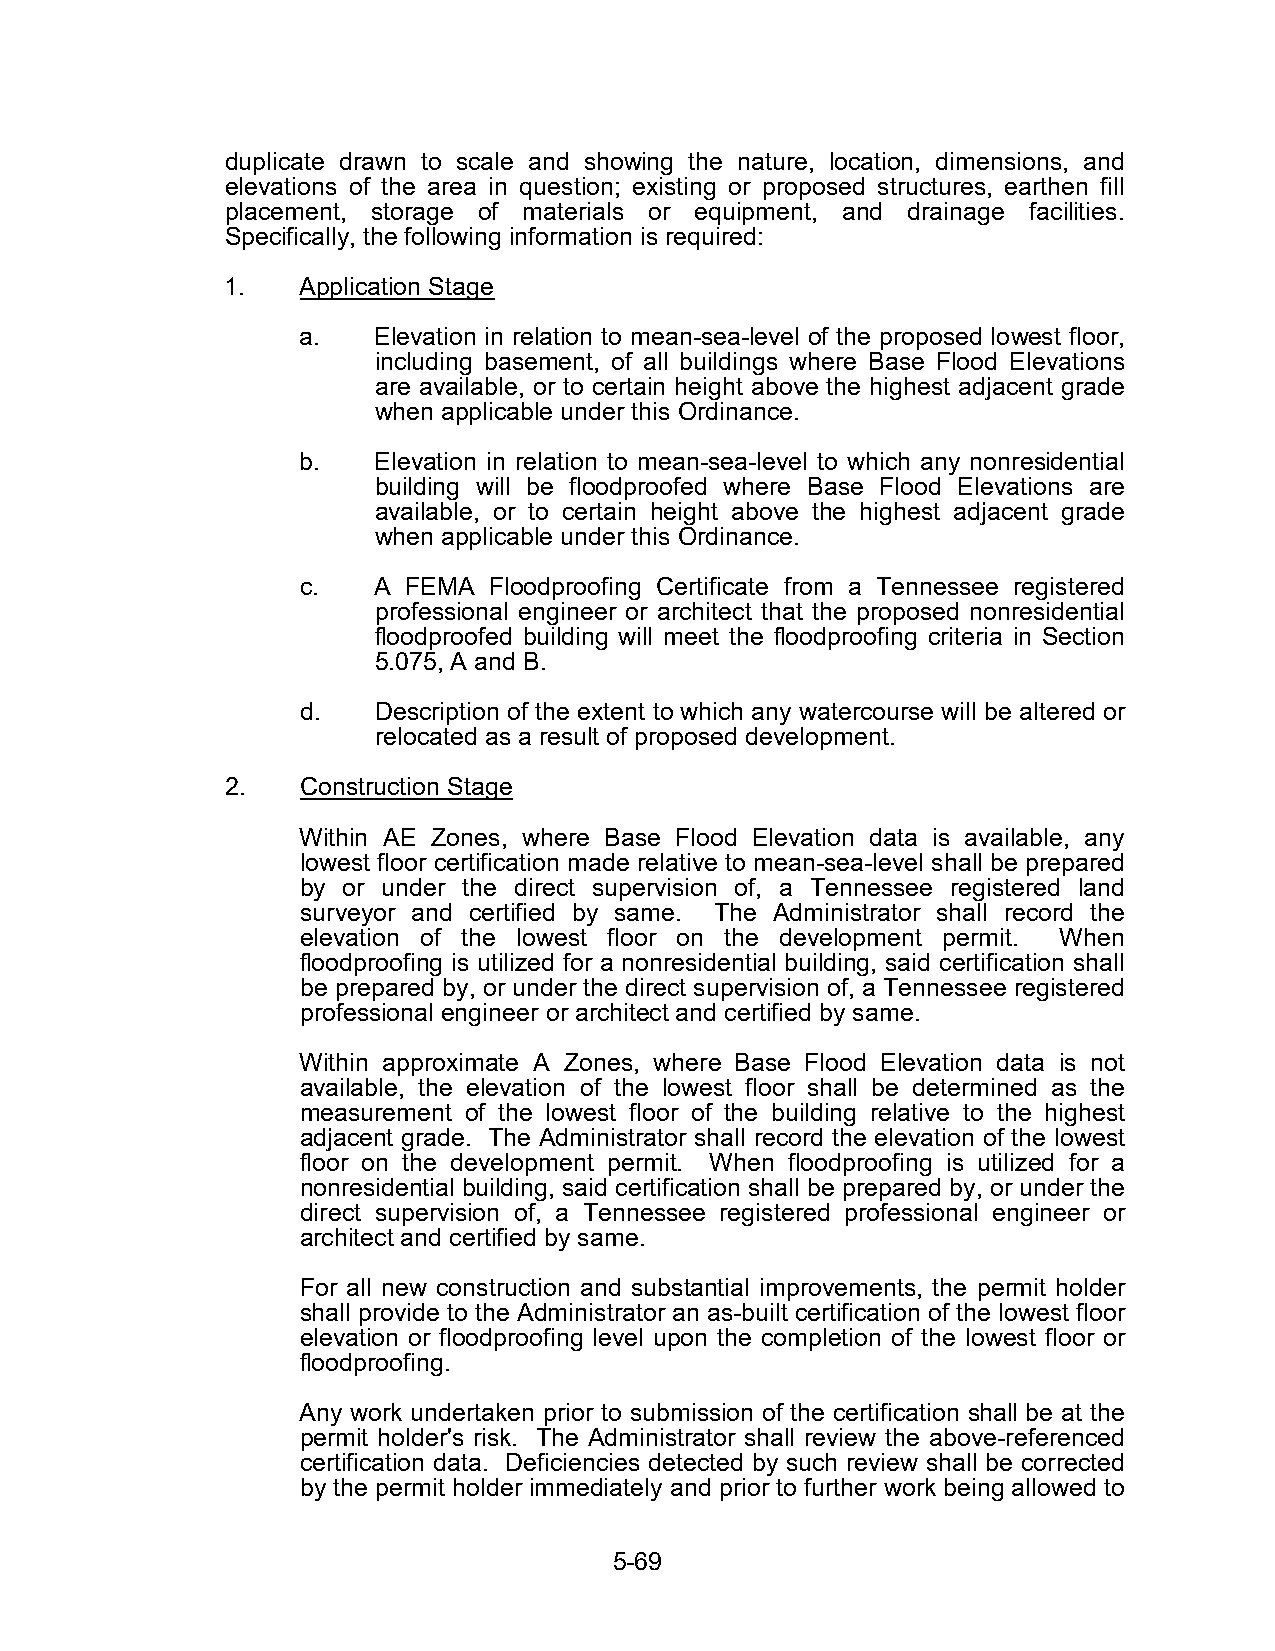
duplicate drawn to scale and showing the nature, location, dimensions, and
 elevations of the area in question; existing or proposed structures, earthen fill
 placement, storage of materials or equipment, and drainage facilities.
 Specifically, the following information is required:
 1.   Application Stage
 a.   Elevation in relation to mean-sea-level of the proposed lowest floor,
 including basement, of all buildings where Base Flood Elevations
 are available, or to certain height above the highest adjacent grade
 when applicable under this Ordinance.
 b.   Elevation in relation to mean-sea-level to which any nonresidential
 building will be floodproofed where Base Flood Elevations are
 available, or to certain height above the highest adjacent grade
 when applicable under this Ordinance.
 c.   A FEMA Floodproofing Certificate from a Tennessee registered
 professional engineer or architect that the proposed nonresidential
 floodproofed building will meet the floodproofing criteria in Section
 5.075, A and B.
 d.   Description of the extent to which any watercourse will be altered or
 relocated as a result of proposed development.
 2.   Construction Stage
 Within AE Zones, where Base Flood Elevation data is available, any
 lowest floor certification made relative to mean-sea-level shall be prepared
 by or under the direct supervision of, a Tennessee registered land
 surveyor and certified by same. The Administrator shall record the
 elevation of the lowest floor on the development permit. When
 floodproofing is utilized for a nonresidential building, said certification shall
 be prepared by, or under the direct supervision of, a Tennessee registered
 professional engineer or architect and certified by same.
 Within approximate A Zones, where Base Flood Elevation data is not
 available, the elevation of the lowest floor shall be determined as the
 measurement of the lowest floor of the building relative to the highest
 adjacent grade. The Administrator shall record the elevation of the lowest
 floor on the development permit. When floodproofing is utilized for a
 nonresidential building, said certification shall be prepared by, or under the
 direct supervision of, a Tennessee registered professional engineer or
 architect and certified by same.
 For all new construction and substantial improvements, the permit holder
 shall provide to the Administrator an as-built certification of the lowest floor
 elevation or floodproofing level upon the completion of the lowest floor or
 floodproofing.
 Any work undertaken prior to submission of the certification shall be at the
 permit holder's risk. The Administrator shall review the above-referenced
 certification data. Deficiencies detected by such review shall be corrected
 by the permit holder immediately and prior to further work being allowed to
 5-69